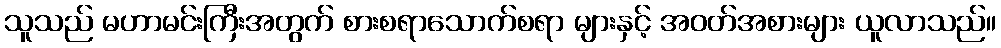
သူသည် မဟာမင်းကြီးအတွက် စားစရာသောက်စရာ များနှင့် အဝတ်အစားများ ယူလာသည်။